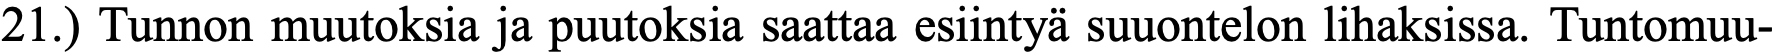
21.) Tunnon muutoksia ja puutoksia saattaa esiintyä suuontelon lihaksissa. Tuntomuu-